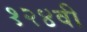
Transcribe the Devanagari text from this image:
१२४वी